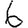
Digit: 6